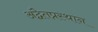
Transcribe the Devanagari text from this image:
अद्वैतप्रस्थान